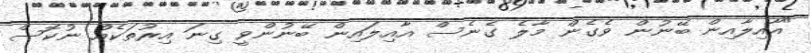
"އާއިލާއިން ބޭނުން ވެގެން މާލެ ގެނެސް އާއިލައިން ބޭނުންވީ ގިނަ އިރުތަކެއް ނުކޮސް